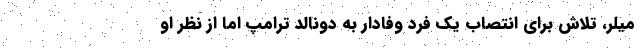
میلر، تلاش برای انتصاب یک فرد وفادار به دونالد ترامپ اما از نظر او